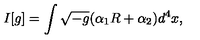
I [ g ] = \int \sqrt { - g } ( \alpha _ { 1 } R + \alpha _ { 2 } ) d ^ { 4 } x ,